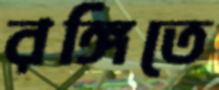
রঙ্গিতে